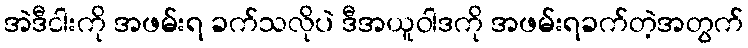
အဲဒီငါးကို အဖမ်းရ ခက်သလိုပဲ ဒီအယူဝါဒကို အဖမ်းရခက်တဲ့အတွက်